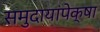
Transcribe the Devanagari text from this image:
समुदायांपेक्षा